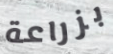
بزراعة